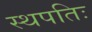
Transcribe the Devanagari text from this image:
स्थपतिः